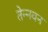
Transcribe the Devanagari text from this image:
तेन्नवन